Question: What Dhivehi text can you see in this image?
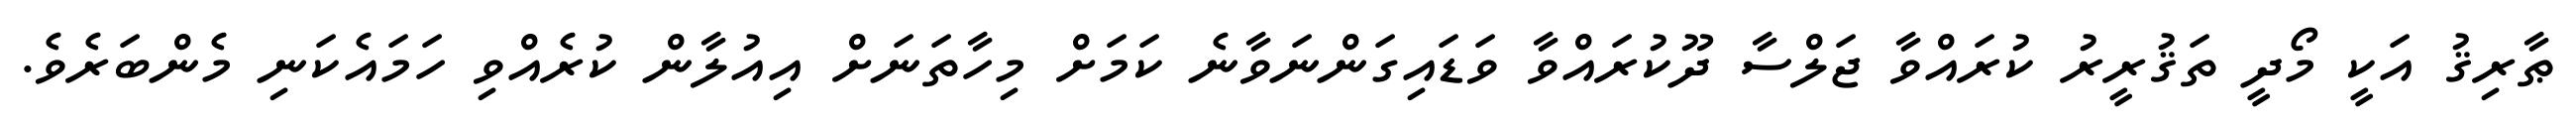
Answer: ޠާރިޤު އަކީ މޯދީ ތަޤުރީރު ކުރައްވާ ޖަލްސާ ދޫކުރައްވާ ވަޑައިގަންނަވާނެ ކަމަށް މިހާތަނަށް އިއުލާން ކުރެއްވި ހަމައެކަނި މެންބަރެވެ.